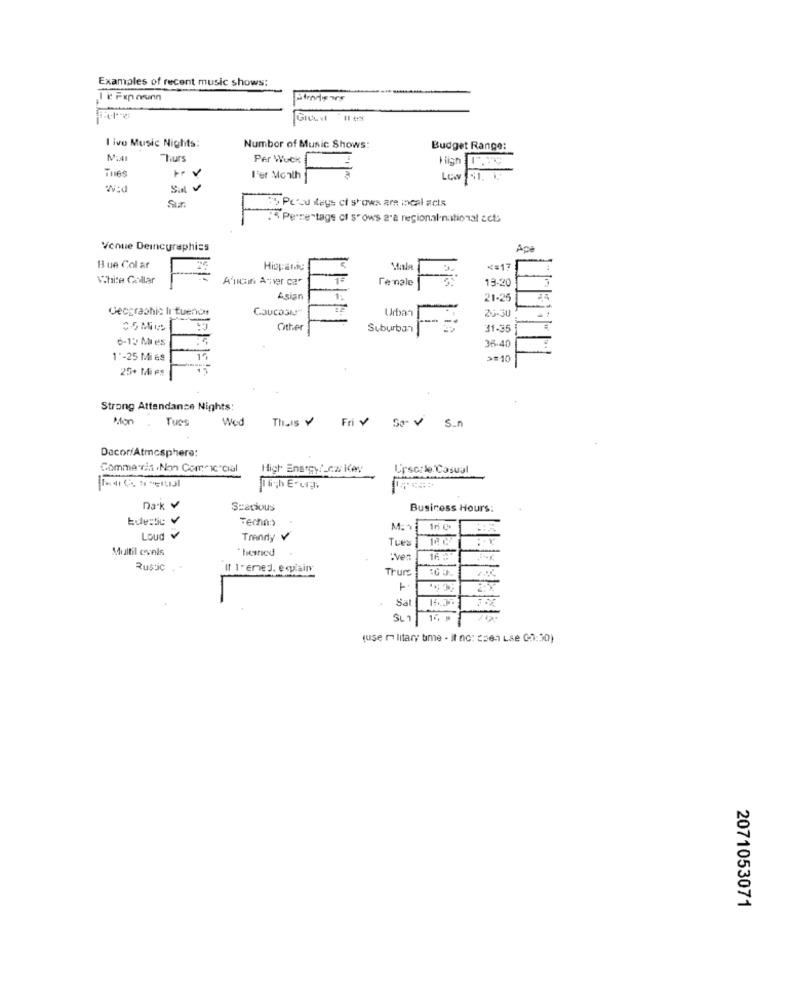
Examples of recent music shows:
I ivo Music Nights:
Number of Music Shows:
Budget Range:
Thurs
Per Wock
TuAS
High 1.89
l'er Month
Los
W:d
Sa v
Sır
My Pc's legs of shows are meal acts
5 Percentage ct s"ows ara regional-national act:
Venue Deincgraphics
Apa
Bue Col ar
*= 17
White Collar
A'nin Avier car
Tenale
19-20
Asian
21-25
Geographic li fuenos
Urban
25-30
Caucasus
Other
Suburban
31-35
6-13 Mies
36-40
1"-25 Mi es
>=10
25+ Mi Fs
Strong Attendance Nights:
Mon
Tuce
Wed
This Y Fri v So VS_n
Dacor/Atmosphere:
Comme dia .Non Comic"cial
High Energy/_cz icay
Uinscre Casual
Nich E-Lig
Dak ¥
Spacious
Business Hours:
Edenic
M.11
Loud v
Trendy V
Tues
Multil conls
*herred
"Ver
Rustic
It 1-EmeJ. explain
Thurs
Sat
SLT
14 -
(use military time - it no: sen Le 00:30)
2071053071